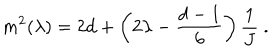
LaTeX: m ^ { 2 } ( \lambda ) = 2 d + \left( 2 \lambda - { \frac { d - 1 } { 6 } } \right) { \frac { 1 } { J } } ~ .